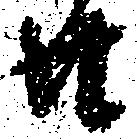
廿